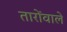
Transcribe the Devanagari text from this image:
तारोंवाले